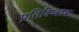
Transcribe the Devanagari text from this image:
प्रतिविम्‍बहरू